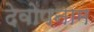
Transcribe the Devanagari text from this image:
देवोपनाम